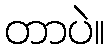
တာပဲ။